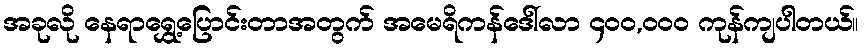
အခုလို နေရာရွှေ့ပြောင်းတာအတွက် အမေရိကန်ဒေါ်လာ ၄၀၀,၀၀၀ ကုန်ကျပါတယ်။